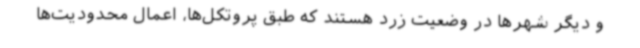
و دیگر شهرها در وضعیت زرد هستند که طبق پروتکل‌ها، اعمال محدودیت‌ها